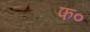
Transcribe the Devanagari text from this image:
फ०